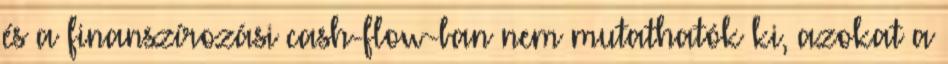
és a finanszírozási cash-flow-ban nem mutathatók ki, azokat a